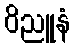
ဝိညူနံ